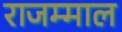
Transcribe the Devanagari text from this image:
राजम्माल